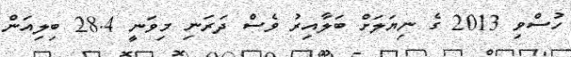
ހުސްވި 2013 ގެ ނިޔަލަށް ބަލާއިރު ވެސް ދަރަނި މިވަނީ 28.4 ބިލިއަން